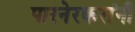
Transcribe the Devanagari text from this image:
पारनेरकरांनी